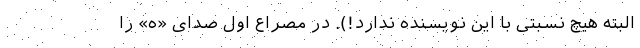
البته هیچ نسبتی با این نویسنده ندارد!). در مصراع اول صدای «ه» را